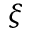
\xi